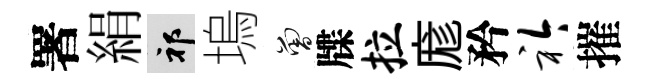
署絹祁塢曾牒拉庬矜衿摧